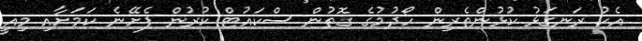
އެކު ރަނގަޅު ކުޅުންތެރިން ހޯދުމުގެ ގޮތުން ސްކައުޓް ކުރުން ފެށޭނެ ކަމަށާއި މިއީ